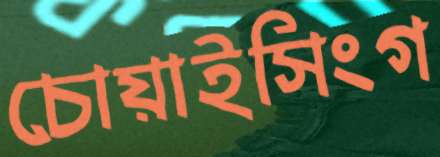
চোয়াইসিংগ